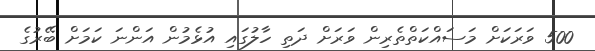
500 ވަރަކަށް މަސައްކަތްތެރިން ވަރަށް ދަތި ހާލުގައި އުޅެމުން އަންނަ ކަމަށް ބޭރުގެ